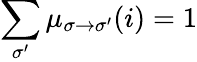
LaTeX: \sum_{\sigma^{\prime}}\mu_{\sigma\to\sigma^{\prime}}(i)=1